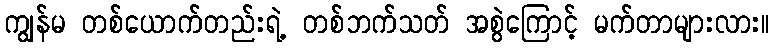
ကျွန်မ တစ်ယောက်တည်းရဲ့ တစ်ဘက်သတ် အစွဲကြောင့် မက်တာများလား။